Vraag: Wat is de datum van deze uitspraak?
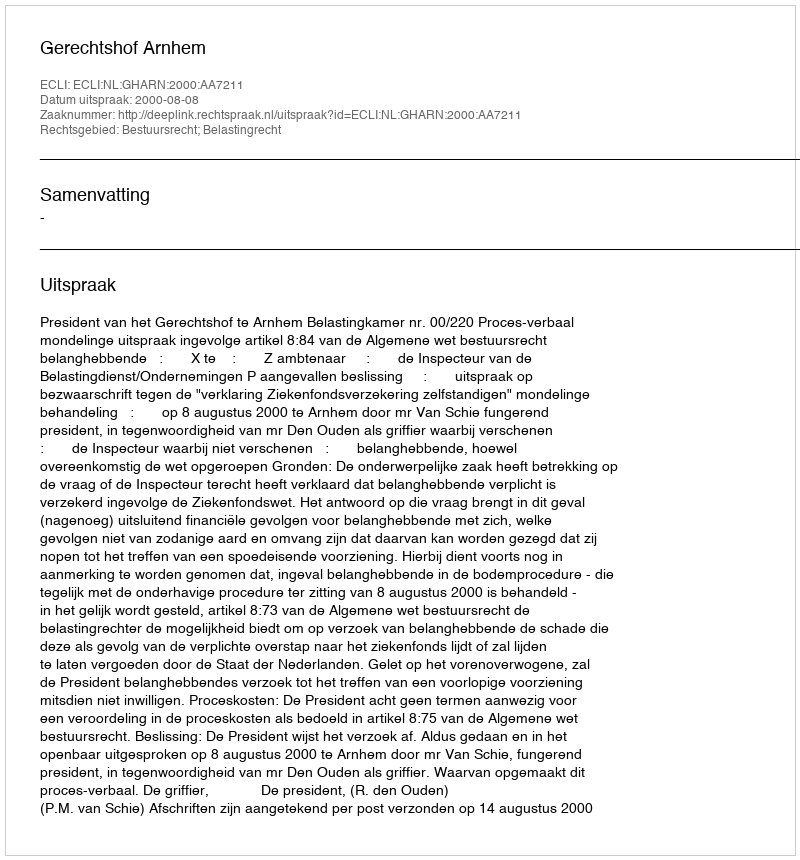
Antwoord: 2000-08-08